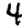
Digit: 4